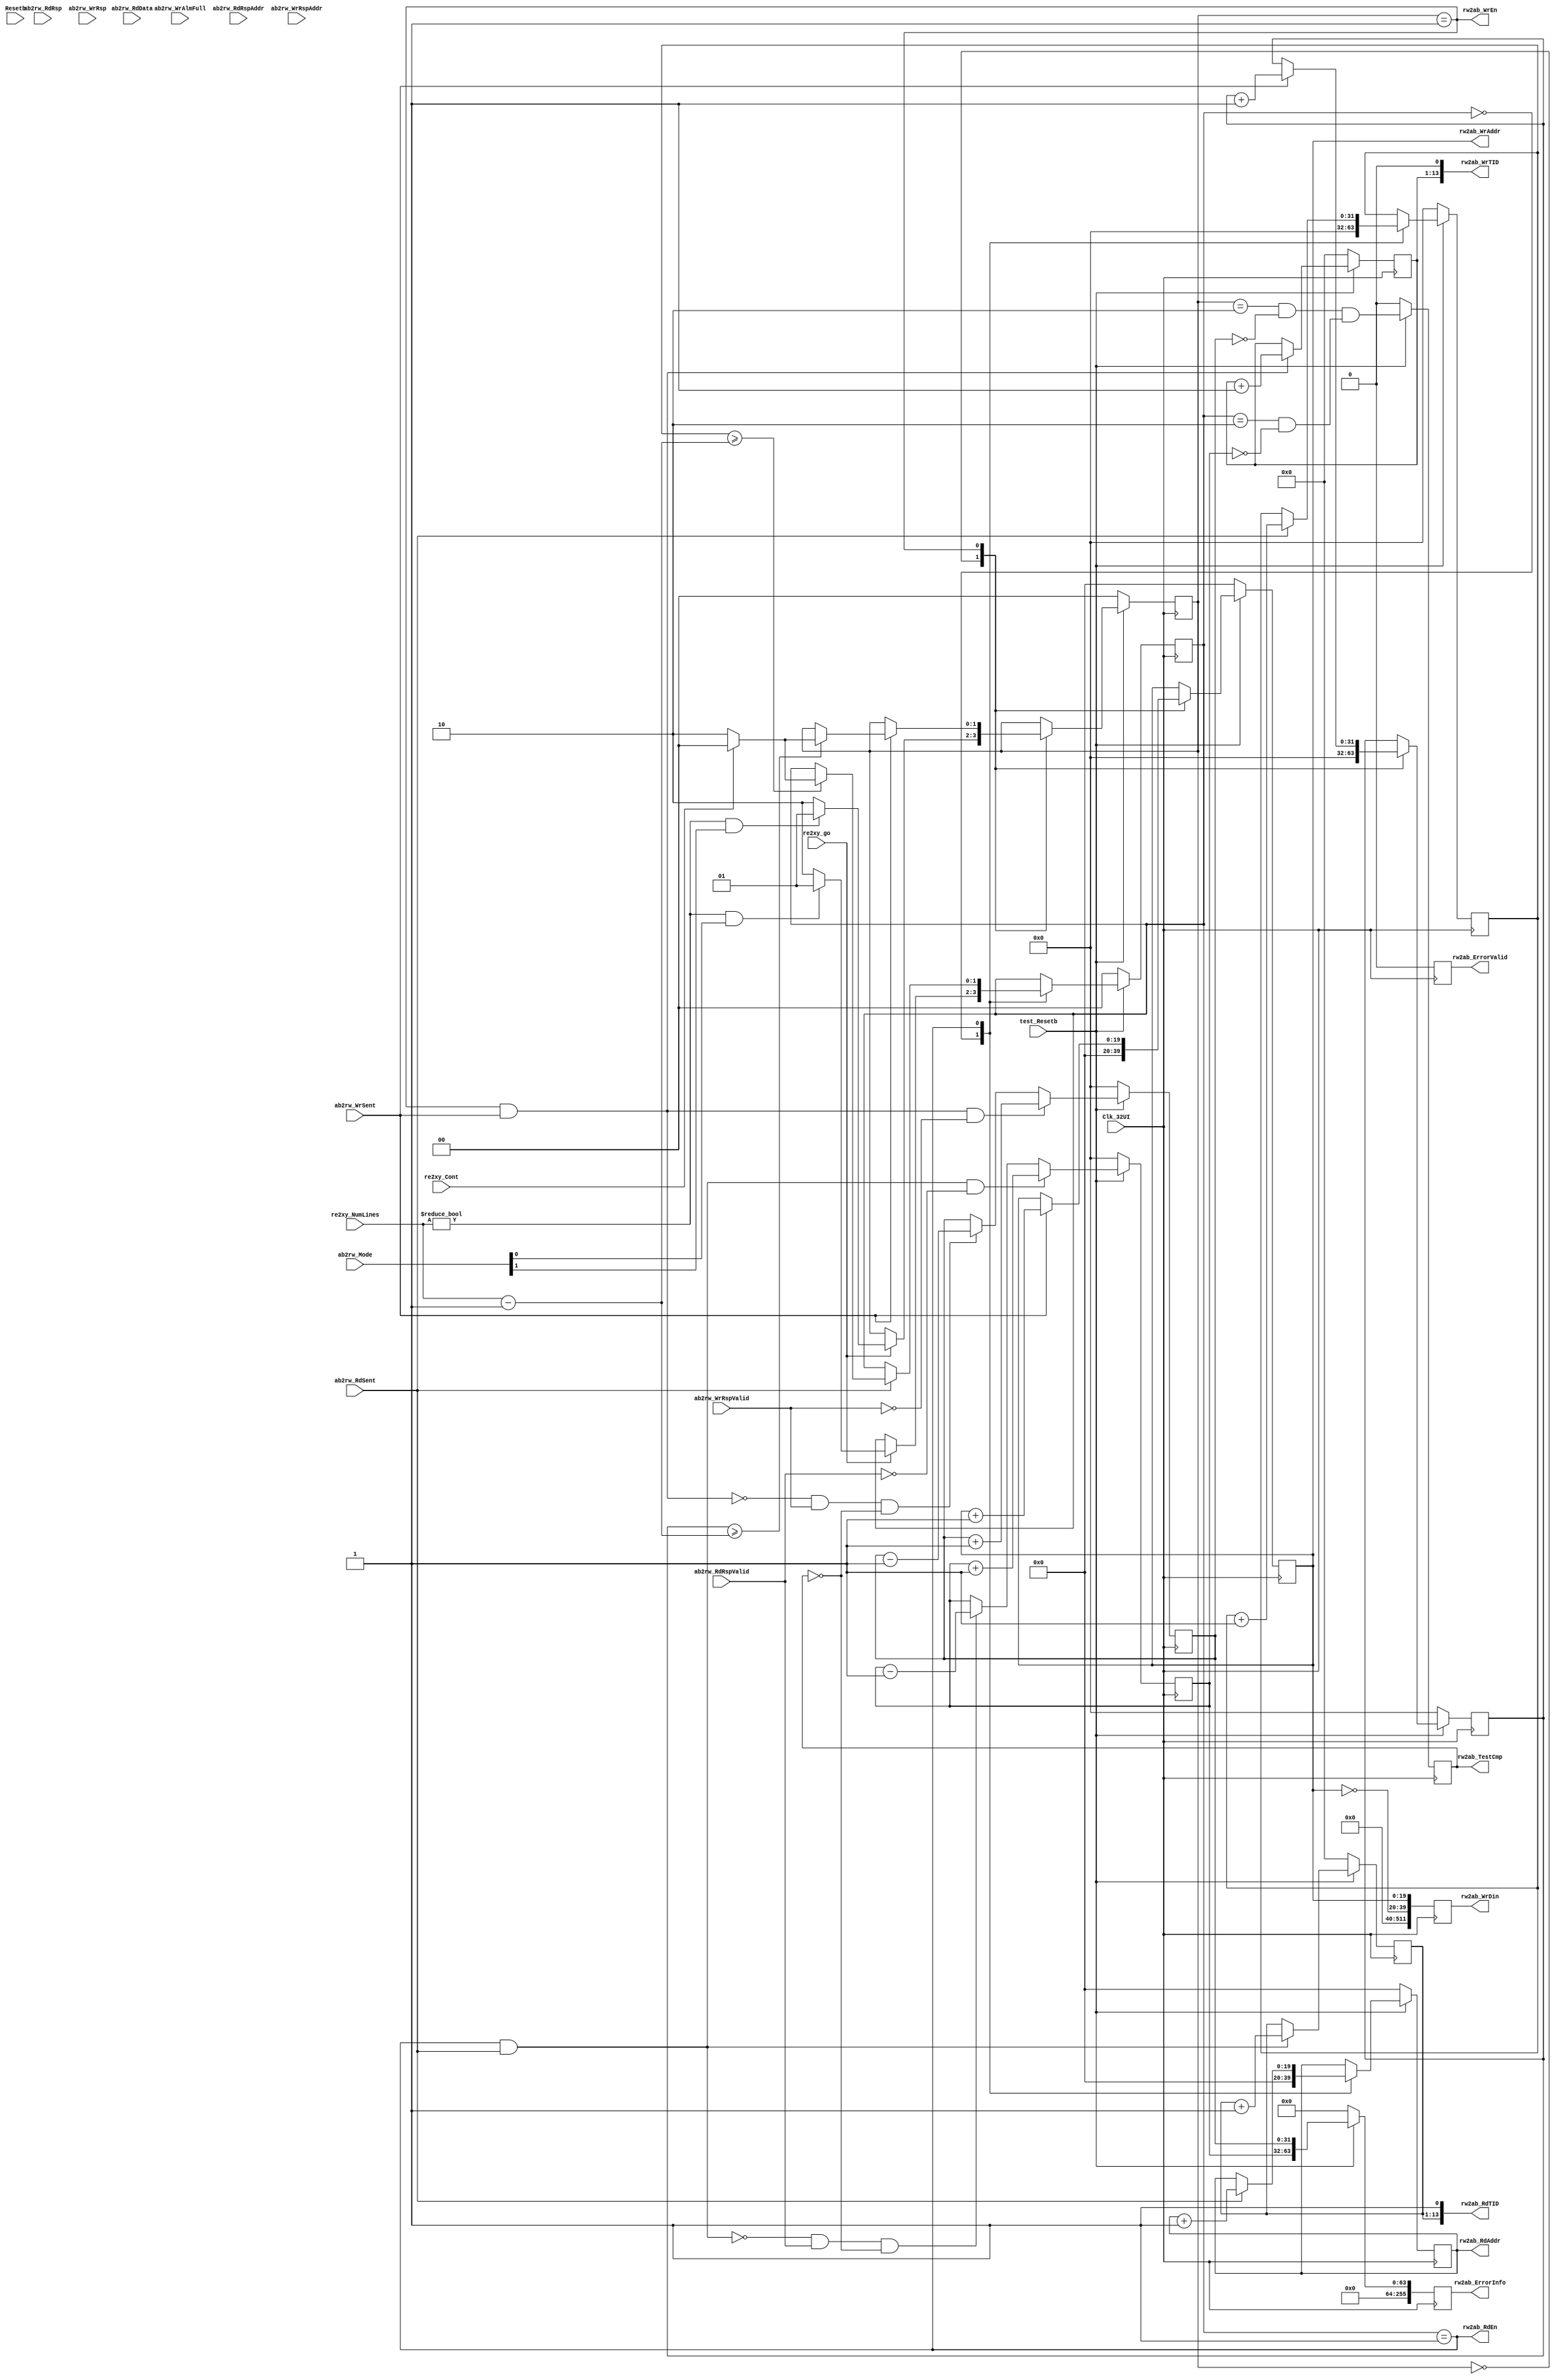
// ***************************************************************************
//
// Copyright (c) 2013-2015, Intel Corporation
//
// Redistribution and use in source and binary forms, with or without
// modification, are permitted provided that the following conditions are met:
//
// * Redistributions of source code must retain the above copyright notice,
// this list of conditions and the following disclaimer.
// * Redistributions in binary form must reproduce the above copyright notice,
// this list of conditions and the following disclaimer in the documentation
// and/or other materials provided with the distribution.
// * Neither the name of Intel Corporation nor the names of its contributors
// may be used to endorse or promote products derived from this software
// without specific prior written permission.
//
// THIS SOFTWARE IS PROVIDED BY THE COPYRIGHT HOLDERS AND CONTRIBUTORS "AS IS"
// AND ANY EXPRESS OR IMPLIED WARRANTIES, INCLUDING, BUT NOT LIMITED TO, THE
// IMPLIED WARRANTIES OF MERCHANTABILITY AND FITNESS FOR A PARTICULAR PURPOSE
// ARE DISCLAIMED. IN NO EVENT SHALL THE COPYRIGHT OWNER OR CONTRIBUTORS BE
// LIABLE FOR ANY DIRECT, INDIRECT, INCIDENTAL, SPECIAL, EXEMPLARY, OR
// CONSEQUENTIAL DAMAGES (INCLUDING, BUT NOT LIMITED TO, PROCUREMENT OF
// SUBSTITUTE GOODS OR SERVICES; LOSS OF USE, DATA, OR PROFITS; OR BUSINESS
// INTERRUPTION) HOWEVER CAUSED AND ON ANY THEORY OF LIABILITY, WHETHER IN
// CONTRACT, STRICT LIABILITY, OR TORT (INCLUDING NEGLIGENCE OR OTHERWISE)
// ARISING IN ANY WAY OUT OF THE USE OF THIS SOFTWARE, EVEN IF ADVISED OF THE
// POSSIBILITY OF SUCH DAMAGE.
//
// Module Name:         test_rdwr.v
// Project:             NLB AFU 
// Description:         streaming read/write test
//
// ***************************************************************************
// ---------------------------------------------------------------------------------------------------------------------------------------------------
//                                         Read Write test
//  ------------------------------------------------------------------------------------------------------------------------------------------------
// Test bandwidth for read and write

module test_rdwr #(parameter PEND_THRESH=1, ADDR_LMT=20, MDATA=14)
(
   //---------------------------global signals-------------------------------------------------
   Clk_32UI,                // input -- Core clock
   Resetb,                  // input -- Use SPARINGLY only for control
        
   ab2rw_Mode,              // input [1:0]
  
   rw2ab_WrAddr,            // output   [ADDR_LMT-1:0]    
   rw2ab_WrTID,             // output   [ADDR_LMT-1:0]      
   rw2ab_WrDin,             // output   [511:0]             
   rw2ab_WrEn,              // output                       
   ab2rw_WrSent,            // input                          
   ab2rw_WrAlmFull,         // input                          
  
   rw2ab_RdAddr,            // output   [ADDR_LMT-1:0]
   rw2ab_RdTID,             // output   [13:0]
   rw2ab_RdEn,              // output 
   ab2rw_RdSent,            // input
   
   ab2rw_RdRspValid,        // input                    
   ab2rw_RdRsp,             // input    [13:0]          
   ab2rw_RdRspAddr,         // input    [ADDR_LMT-1:0]  
   ab2rw_RdData,            // input    [511:0]         
    
   ab2rw_WrRspValid,        // input                  
   ab2rw_WrRsp,             // input    [13:0]            
   ab2rw_WrRspAddr,         // input    [ADDR_LMT-1:0]    

   re2xy_go,                // input                 
   re2xy_NumLines,          // input    [31:0]            
   re2xy_Cont,              // input             
    
   rw2ab_TestCmp,           // output           
   rw2ab_ErrorInfo,         // output   [255:0] 
   rw2ab_ErrorValid,        // output
   test_Resetb              // input            
);

   input                      Clk_32UI;               // csi_top:    Clk_32UI
   input                      Resetb;                 // csi_top:    system Resetb
   
   input    [1:0]             ab2rw_Mode;             // arb:        01 - reads only test, 10 - writes only test, 11 - read/write
   
   output   [ADDR_LMT-1:0]    rw2ab_WrAddr;           // arb:        write address
   output   [13:0]            rw2ab_WrTID;            // arb:        meta data
   output   [511:0]           rw2ab_WrDin;            // arb:        Cache line data
   output                     rw2ab_WrEn;             // arb:        write enable
   input                      ab2rw_WrSent;           // arb:        write issued
   input                      ab2rw_WrAlmFull;        // arb:        write fifo almost full
   
   output   [ADDR_LMT-1:0]    rw2ab_RdAddr;           // arb:        Reads may yield to writes
   output   [13:0]            rw2ab_RdTID;            // arb:        meta data
   output                     rw2ab_RdEn;             // arb:        read enable
   input                      ab2rw_RdSent;           // arb:        read issued
   
   input                      ab2rw_RdRspValid;       // arb:        read response valid
   input    [13:0]            ab2rw_RdRsp;            // arb:        read response header
   input    [ADDR_LMT-1:0]    ab2rw_RdRspAddr;        // arb:        read response address
   input    [511:0]           ab2rw_RdData;           // arb:        read data
   
   input                      ab2rw_WrRspValid;       // arb:        write response valid
   input    [13:0]            ab2rw_WrRsp;            // arb:        write response header
   input    [ADDR_LMT-1:0]    ab2rw_WrRspAddr;        // arb:        write response address

   input                      re2xy_go;               // requestor:  start of frame recvd
   input    [31:0]            re2xy_NumLines;         // requestor:  number of cache lines
   input                      re2xy_Cont;             // requestor:  continuous mode
   
   output                     rw2ab_TestCmp;          // arb:        Test completion flag
   output   [255:0]           rw2ab_ErrorInfo;        // arb:        error information
   output                     rw2ab_ErrorValid;       // arb:        test has detected an error
   input                      test_Resetb;
   
   //------------------------------------------------------------------------------------------------------------------------

   reg      [ADDR_LMT-1:0]    rw2ab_WrAddr;           // arb:        Writes are guaranteed to be accepted
   wire     [13:0]            rw2ab_WrTID;            // arb:        meta data
   reg      [511:0]           rw2ab_WrDin;            // arb:        Cache line data
   wire                       rw2ab_WrEn;             // arb:        write enable
   reg      [ADDR_LMT-1:0]    rw2ab_RdAddr;           // arb:        Reads may yield to writes
   wire     [13:0]            rw2ab_RdTID;            // arb:        meta data
   wire                       rw2ab_RdEn;             // arb:        read enable
   reg                        rw2ab_TestCmp;          // arb:        Test completion flag
   reg      [255:0]           rw2ab_ErrorInfo;        // arb:        error information
   reg                        rw2ab_ErrorValid;       // arb:        test has detected an error
     
   reg      [31:0]            Num_RdReqs;
   reg      [31:0]            Num_RdPend;
   reg      [1:0]             RdFSM;
   reg      [MDATA-2:0]       Rdmdata;
   reg      [31:0]            Num_RdCycle;

   reg      [31:0]            Num_WrReqs;
   reg      [31:0]            Num_WrPend;
   reg      [1:0]             WrFSM;
   reg      [MDATA-2:0]       Wrmdata;
   reg      [31:0]            Num_WrCycle;

            
   assign rw2ab_RdTID = {Rdmdata, 1'b1};
   assign rw2ab_WrTID = {Wrmdata, 1'b0};

   assign rw2ab_RdEn  = (RdFSM == 2'h1);
   assign rw2ab_WrEn  = (WrFSM == 2'h1);

   always @(posedge Clk_32UI)
   begin
     if (!test_Resetb)
       begin
         rw2ab_ErrorValid <= 0;
         rw2ab_ErrorInfo  <= 0;   
         rw2ab_TestCmp    <= 0;
       end
     else
       begin
         rw2ab_ErrorValid <= 0;
         rw2ab_ErrorInfo  <= {192'h0, Num_RdPend , Num_WrPend };   
         rw2ab_TestCmp    <= (((WrFSM == 2'h2 && Num_WrPend == 0) && (RdFSM == 2'h2 && Num_RdPend == 0)));
       end
   end
   
   always @(posedge Clk_32UI)
   begin
         case(RdFSM)       /* synthesis parallel_case */
         2'h0:
         begin
           rw2ab_RdAddr   <= 0;
           Num_RdReqs     <= 0;

           if(re2xy_go)
             begin
               if ((re2xy_NumLines!=0)&&(ab2rw_Mode[0]==1))
                 RdFSM   <= 2'h1;
               else
                 RdFSM   <= 2'h2;
             end
         end
                     
         2'h1:
         begin
           if(ab2rw_RdSent)
             begin
               rw2ab_RdAddr        <= rw2ab_RdAddr + 1'b1;
               Num_RdReqs          <= Num_RdReqs + 1'b1;        
               
               if(Num_RdReqs >= re2xy_NumLines-1)
                 if(re2xy_Cont)
                   RdFSM     <= 2'h0;
                 else
                   RdFSM     <= 2'h2;
             end
         end
         
         default:
         begin
           RdFSM     <= RdFSM;
         end
         endcase         

         if ((rw2ab_RdEn && ab2rw_RdSent))
           Rdmdata           <= Rdmdata + 1'b1;

         if  ((rw2ab_RdEn && ab2rw_RdSent) && !ab2rw_RdRspValid)
           Num_RdPend        <= Num_RdPend + 1'b1;
         else if(!(rw2ab_RdEn && ab2rw_RdSent) &&  ab2rw_RdRspValid && ((rw2ab_TestCmp == 1'b0)))
           Num_RdPend        <= Num_RdPend - 1'b1;
           
//         if ((RdFSM == 2'h1 || Num_RdPend != 0) && (rw2ab_TestCmp == 1'b0))
//           Num_RdCycle <= Num_RdCycle + 1'b1;

 
       if (!test_Resetb)
       begin
         rw2ab_RdAddr   <= 0;
         Rdmdata        <= 0;
         Num_RdReqs     <= 0;
         Num_RdPend     <= 0;
         Num_RdCycle    <= 0;
         RdFSM          <= 0;
       end
       
   end
   
   always @(posedge Clk_32UI)
   begin
         case(WrFSM)       /* synthesis parallel_case */
         2'h0:
         begin
           rw2ab_WrAddr   <= 0;
           Num_WrReqs     <= 0;

           if(re2xy_go)
             begin
               if((re2xy_NumLines != 0) && (ab2rw_Mode[1] == 1))
                 WrFSM   <= 2'h1;
               else
                 WrFSM   <= 2'h2;
             end
         end

         2'h1:
         begin
           if(ab2rw_WrSent)
             begin
               rw2ab_WrAddr        <= rw2ab_WrAddr + 1'b1;
               Num_WrReqs          <= Num_WrReqs + 1'b1;
                       
               if(Num_WrReqs >= re2xy_NumLines-1)
                 if(re2xy_Cont)
                   WrFSM     <= 2'h0;
                 else
                   WrFSM     <= 2'h2;
             end
         end
         
         default:
         begin
           WrFSM     <= WrFSM;
         end
         endcase

         rw2ab_WrDin         <= {{14{32'h0000_0000}},~rw2ab_WrAddr,rw2ab_WrAddr};
        

         if ((rw2ab_WrEn && ab2rw_WrSent))
           Wrmdata           <= Wrmdata + 1'b1;
        
         if    ( (rw2ab_WrEn && ab2rw_WrSent ) && !ab2rw_WrRspValid)
           Num_WrPend        <= Num_WrPend + 1;
         else if(!(rw2ab_WrEn && ab2rw_WrSent ) &&  ab2rw_WrRspValid && (rw2ab_TestCmp == 1'b0))
           Num_WrPend        <= Num_WrPend - 1'b1;

//         if ((WrFSM == 2'h1 || Num_WrPend != 0) && (rw2ab_TestCmp == 1'b0))
//           Num_WrCycle <= Num_WrCycle + 1'b1;

       if (!test_Resetb)
       begin
         rw2ab_WrAddr   <= 0;
 //        rw2ab_WrDin    <= 0;
         Wrmdata        <= 0;
         Num_WrReqs     <= 0;
         Num_WrPend     <= 0;
         Num_WrCycle    <= 0;
         WrFSM          <= 0;
       end
   end
   
endmodule